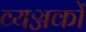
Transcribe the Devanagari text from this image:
व्यञ्जकों